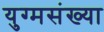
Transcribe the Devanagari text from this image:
युग्मसंख्या